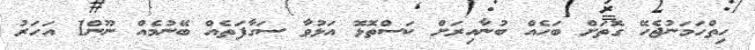
ހިތްހަމަނުޖެހޭ ގޮތަށް ބަހެއް ބުނާއިރަށް ކަސްތޮޅޮ އަޅުވާ ސަގާފަތެއް ބޭނުމެއް ނޫން1 އަހަރު